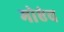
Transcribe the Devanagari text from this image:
मोएंच